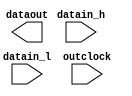
// megafunction wizard: %ALTDDIO_OUT%VBB%
// GENERATION: STANDARD
// VERSION: WM1.0
// MODULE: altddio_out 

// ============================================================
// Megafunction Name(s):
// 			altddio_out
//
// Simulation Library Files(s):
// 			altera_mf
// ============================================================
// ************************************************************
// THIS IS A WIZARD-GENERATED FILE. DO NOT EDIT THIS FILE!
//
// 9.1 Build 350 03/24/2010 SP 2 SJ Full Version
// ************************************************************

//Copyright (C) 1991-2010 Altera Corporation
//Your use of Altera Corporation's design tools, logic functions 
//and other software and tools, and its AMPP partner logic 
//functions, and any output files from any of the foregoing 
//(including device programming or simulation files), and any 
//associated documentation or information are expressly subject 
//to the terms and conditions of the Altera Program License 
//Subscription Agreement, Altera MegaCore Function License 
//Agreement, or other applicable license agreement, including, 
//without limitation, that your use is for the sole purpose of 
//programming logic devices manufactured by Altera and sold by 
//Altera or its authorized distributors.  Please refer to the 
//applicable agreement for further details.

module ddr_o (
	datain_h,
	datain_l,
	outclock,
	dataout);

	input	  datain_h;
	input	  datain_l;
	input	  outclock;
	output	  dataout;

endmodule

// ============================================================
// CNX file retrieval info
// ============================================================
// Retrieval info: PRIVATE: ARESET_MODE NUMERIC "2"
// Retrieval info: PRIVATE: CLKEN NUMERIC "0"
// Retrieval info: PRIVATE: EXTEND_OE_DISABLE NUMERIC "0"
// Retrieval info: PRIVATE: INTENDED_DEVICE_FAMILY STRING "Cyclone IV E"
// Retrieval info: PRIVATE: OE NUMERIC "0"
// Retrieval info: PRIVATE: OE_REG NUMERIC "0"
// Retrieval info: PRIVATE: POWER_UP_HIGH NUMERIC "0"
// Retrieval info: PRIVATE: SRESET_MODE NUMERIC "2"
// Retrieval info: PRIVATE: SYNTH_WRAPPER_GEN_POSTFIX STRING "0"
// Retrieval info: PRIVATE: WIDTH NUMERIC "1"
// Retrieval info: CONSTANT: EXTEND_OE_DISABLE STRING "UNUSED"
// Retrieval info: CONSTANT: INTENDED_DEVICE_FAMILY STRING "Cyclone IV E"
// Retrieval info: CONSTANT: INVERT_OUTPUT STRING "OFF"
// Retrieval info: CONSTANT: LPM_TYPE STRING "altddio_out"
// Retrieval info: CONSTANT: OE_REG STRING "UNUSED"
// Retrieval info: CONSTANT: POWER_UP_HIGH STRING "OFF"
// Retrieval info: CONSTANT: WIDTH NUMERIC "1"
// Retrieval info: USED_PORT: datain_h 0 0 0 0 INPUT NODEFVAL datain_h
// Retrieval info: USED_PORT: datain_l 0 0 0 0 INPUT NODEFVAL datain_l
// Retrieval info: USED_PORT: dataout 0 0 0 0 OUTPUT NODEFVAL dataout
// Retrieval info: USED_PORT: outclock 0 0 0 0 INPUT_CLK_EXT NODEFVAL outclock
// Retrieval info: CONNECT: @datain_h 0 0 1 0 datain_h 0 0 0 0
// Retrieval info: CONNECT: @datain_l 0 0 1 0 datain_l 0 0 0 0
// Retrieval info: CONNECT: dataout 0 0 0 0 @dataout 0 0 1 0
// Retrieval info: CONNECT: @outclock 0 0 0 0 outclock 0 0 0 0
// Retrieval info: LIBRARY: altera_mf altera_mf.altera_mf_components.all
// Retrieval info: GEN_FILE: TYPE_NORMAL ddr_o.v TRUE
// Retrieval info: GEN_FILE: TYPE_NORMAL ddr_o.ppf TRUE
// Retrieval info: GEN_FILE: TYPE_NORMAL ddr_o.inc FALSE
// Retrieval info: GEN_FILE: TYPE_NORMAL ddr_o.cmp FALSE
// Retrieval info: GEN_FILE: TYPE_NORMAL ddr_o.bsf TRUE
// Retrieval info: GEN_FILE: TYPE_NORMAL ddr_o_inst.v FALSE
// Retrieval info: GEN_FILE: TYPE_NORMAL ddr_o_bb.v TRUE
// Retrieval info: LIB_FILE: altera_mf